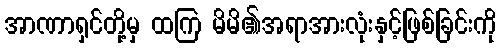
အာဏာရှင်တို့မှ ထကြ မိမိ၏အရာအားလုံးနှင့်ဖြစ်ခြင်းကို